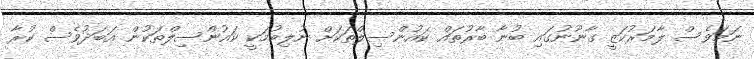
ނަމަވެސް ލާމަރުކަޒީ ގާނޫނުގައި ބުނާ ބާރުތައް ކައުންސިލްތަކަށް ނުލިބުމަކީ ކައުންސިލްތަކުން އަބަދުވެސް ކުރާ